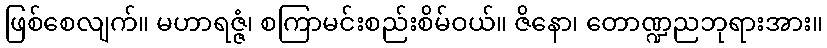
ဖြစ်စေလျက်။ မဟာရဇ္ဇံ၊ စကြာမင်းစည်းစိမ်ဝယ်။ ဇိနော၊ တောဏ္ဍညဘုရားအား။